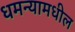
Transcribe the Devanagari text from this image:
धमन्यामधील